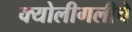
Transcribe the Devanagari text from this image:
क्योलीगलीचे